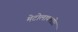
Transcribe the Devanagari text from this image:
मेटोलाक्‍लोर